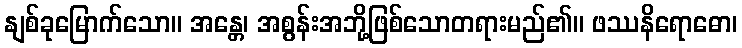
နျစ်ခုမြောက်သော။ အန္တေ၊ အစွန်းအဘို့ဖြစ်သောတရားမည်၏။ ဖဿနိရောဓော၊